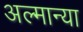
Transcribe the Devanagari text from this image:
अल्मान्या